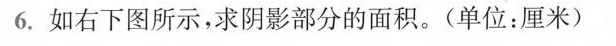
6.如右下图所示，求阴影部分的面积。(单位：厘米)